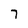
Character: 7